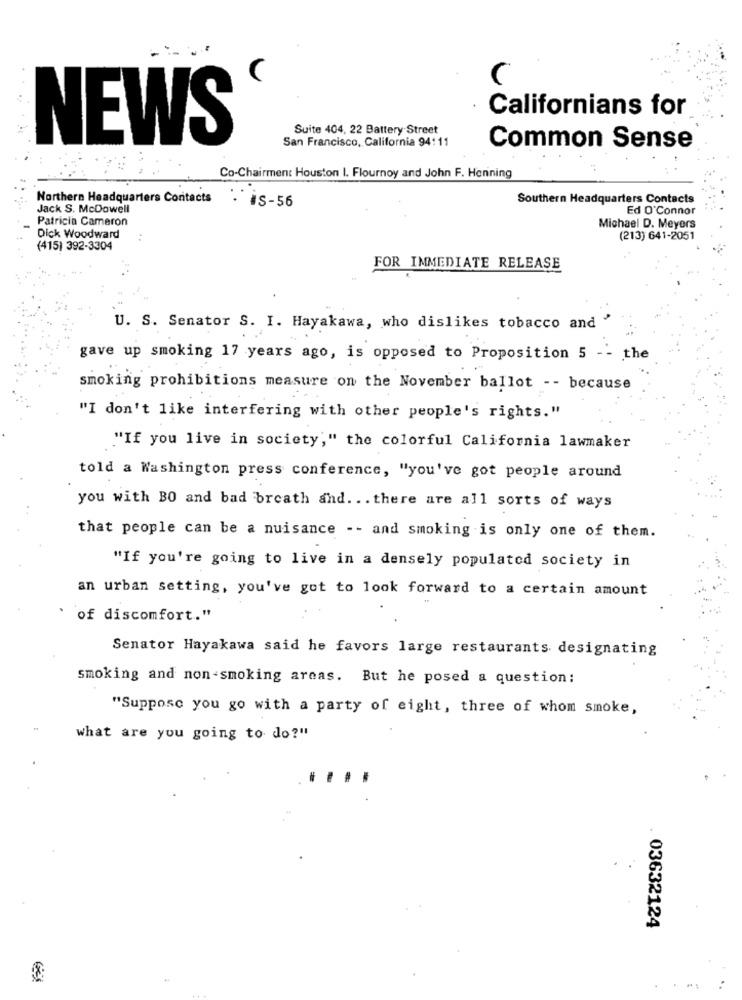
(
Californians for
Suite 404, 22 Battery Street
NEWS
San Francisco, California 94:11
Common Sense
Co-Chairment Houston I. Flournoy and John F. Henning
Northern Headquarters Contacts
Southern Headquarters Contacts
Jack S. McDowell
. IS-56
Ed O'Connor
Patricia Cameron
Michael D. Meyers
Dick Woodward
(213) 641-2051
(415) 392-3304
FOR IMMEDIATE RELEASE
U. S. Senator S. I. Hayakawa, who dislikes tobacco and
gave up smoking 17 years ago, is opposed to Proposition 5 -- the
smoking prohibitions measure on the November ballot -- because
"I don't like interfering with other people's rights."
"If you live in society," the colorful California lawmaker
told a Washington press conference, "you've got people around
you with BO and bad breath and ... there are all sorts of ways
that people can be a nuisance -- and smoking is only one of them.
"If you're going to live in a densely populated society in
an urban setting, you've got to look forward to a certain amount
of discomfort."
Senator Hayakawa said he favors large restaurants designating
smoking and non-smoking areas. But he posed a question:
"Suppose you go with a party of eight, three of whom smoke,
what are you going to do?"
. 03632124